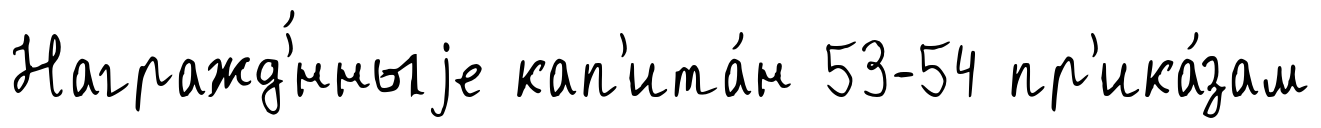
Награжд'́нныjе кап'ита́н 53-54 пр'ика́зам